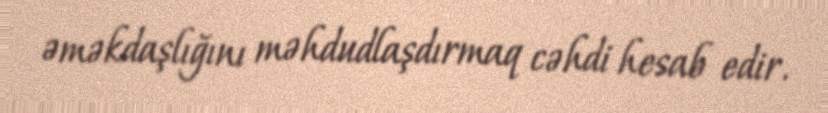
əməkdaşlığını məhdudlaşdırmaq cəhdi hesab edir.